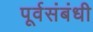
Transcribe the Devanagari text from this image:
पूर्वसंबंधी